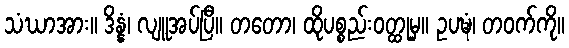
သံဃာအား။ ဒိန္နံ၊ လျူအပ်ပြီ။ တတော၊ ထိုပစ္စည်းဝတ္ထုမှ။ ဥပဍ္ဎံ၊ တဝက်ကို။